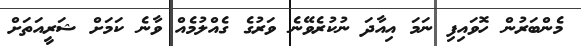
މެންބަރުން ހޮވައިފި ނަމަ އިއާދަ ނުކުރެވޭނެ ވަރުގެ ގެއްލުމެއް ވާނެ ކަމަށް ޝަރީއަތަށް